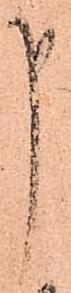
申